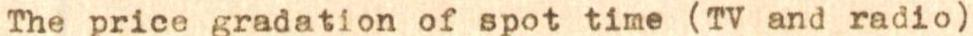
The price gradation of spot time (TV and radio)